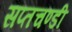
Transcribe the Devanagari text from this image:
सप्तचण्डी